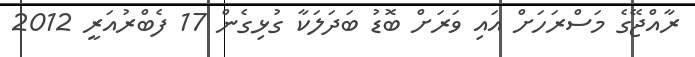
ރާއްޖޭގެ މަސްރަހަށް އައި ވަރަށް ބޮޑު ބަދަލަކާ ގުޅިގެން 17 ފެބްރުއަރީ 2012